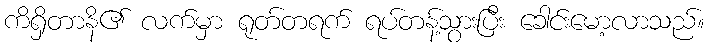
ကိရှိတာနိ၏ လက်မှာ ရုတ်တရက် ရပ်တန့်သွားပြီး ခေါင်းမော့လာသည်။